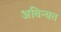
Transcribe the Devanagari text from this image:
अविन्यत